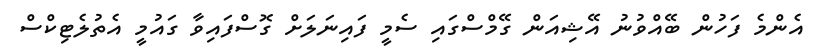
އެންމެ ފަހުން ބޭއްވުނު އޭޝިއަން ގޭމްސްގައި ސެމީ ފައިނަލަށް ގޮސްފައިވާ ގައުމީ އެތުލެޓިކްސް